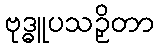
ဗုဒ္ဓူပသဉှိတာ